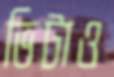
ভিটাও